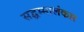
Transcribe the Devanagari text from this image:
सद्धम्मालंकार